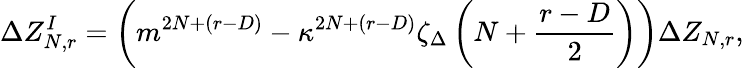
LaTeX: \Delta Z_{N,r}^{I}=\left(m^{2N+(r-D)}-\kappa^{2N+(r-D)}\zeta_{\Delta}\left(N+\frac{r-D}{2}\right)\right)\Delta Z_{N,r},